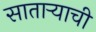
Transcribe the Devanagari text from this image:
सातार्‍याची